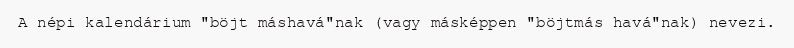
A népi kalendárium "böjt máshavá"nak (vagy másképpen "böjtmás havá"nak) nevezi.